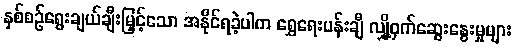
နှစ်စဉ်ရွေးချယ်ချီးမြှင့်သော အနိုင်ရခဲ့ပါက ရွှေရေးပန်းချီ လျှို့ဝှက်ဆွေးနွေးမှုများ